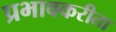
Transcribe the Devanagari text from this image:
प्रभावकरीता